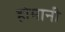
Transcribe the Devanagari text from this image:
होमानी